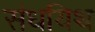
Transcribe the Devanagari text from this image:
संधयिथ